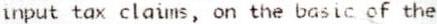
INPUT TAX CLAIMS, ON THE BASIC OF THE